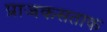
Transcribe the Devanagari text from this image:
प्राजकसताक